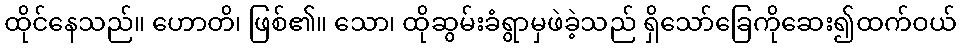
ထိုင်နေသည်။ ဟောတိ၊ ဖြစ်၏။ သော၊ ထိုဆွမ်းခံရွာမှဖဲခဲ့သည် ရှိသော်ခြေကိုဆေး၍ထက်ဝယ်